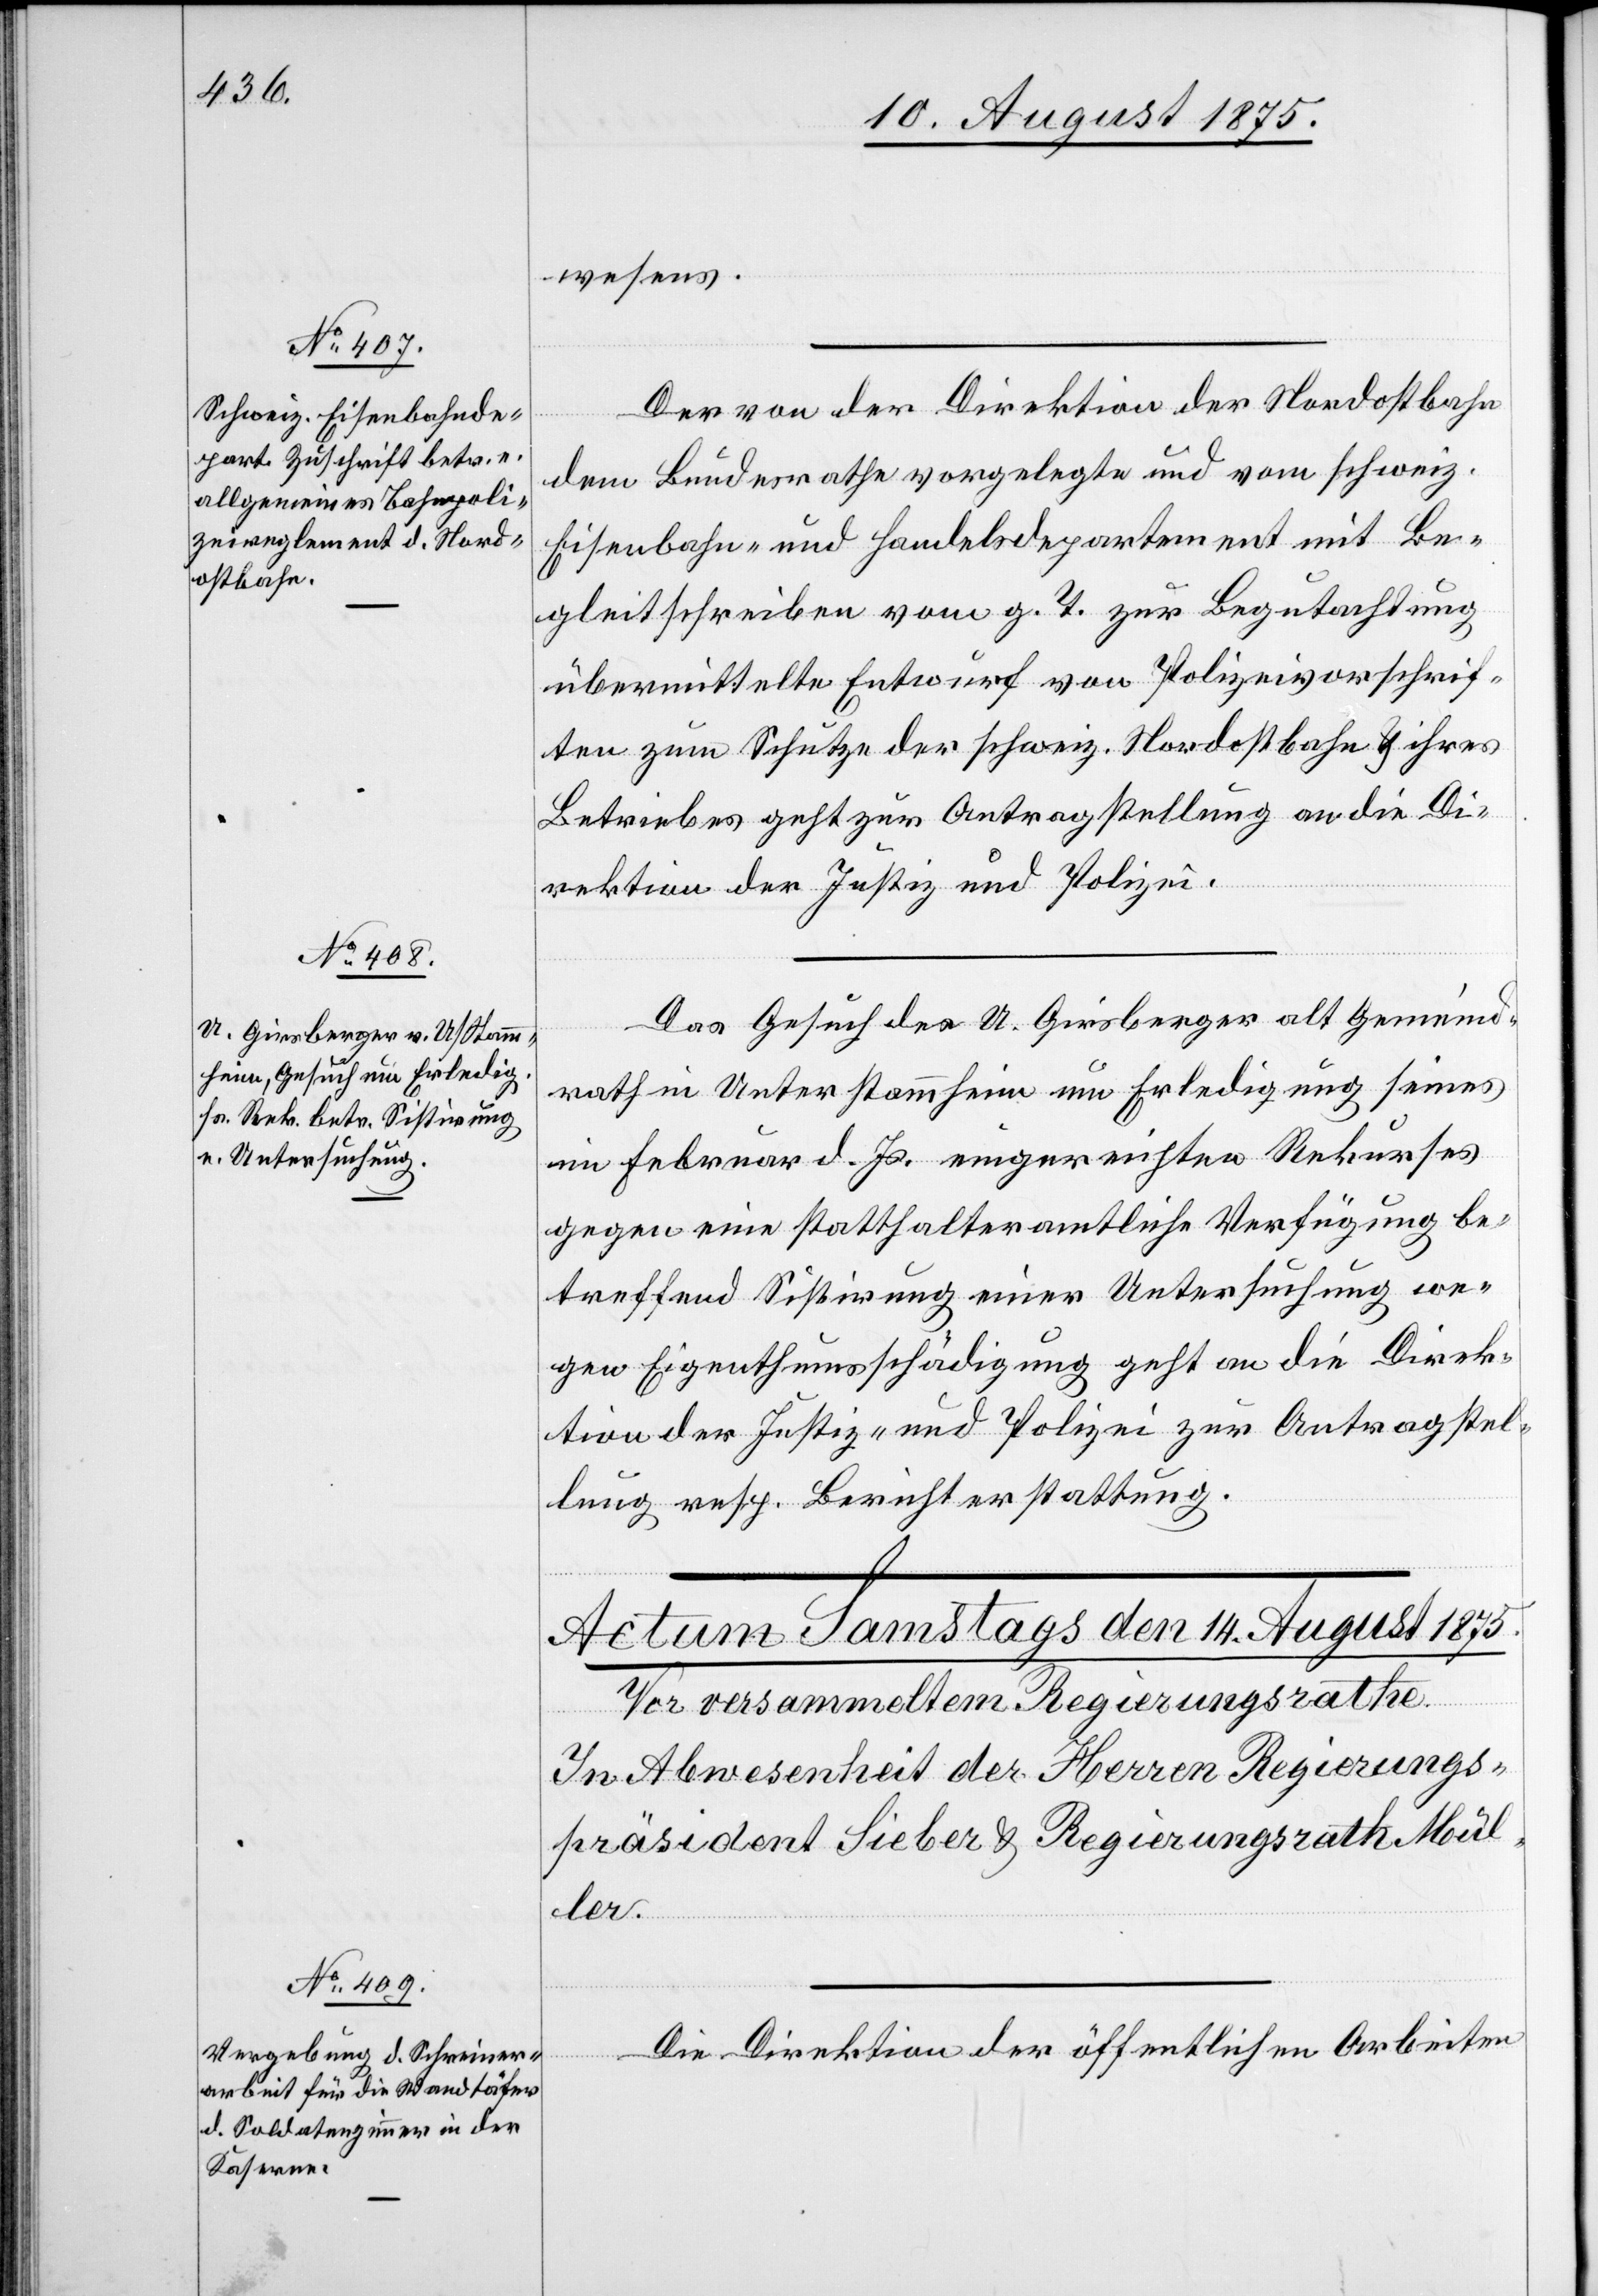
13. August 1875.]
wesens.
Der von der Direktion der Nordostbahn
dem Bundesrathe vorgelegte und vom schweiz.
Eisenbahn- und Handelsdepartement mit Be¬
gleitschreiben vom g. T. zur Begutachtung
übermittelte Entwurf von Polizeivorschrif¬
ten zum Schutze der schweiz. Nordostbahn & ihres
Betriebes geht zur Antragstellung an die Di¬
rektion der Justiz und Polizei.
Das Gesuch des U. Girsberger alt Gemeind¬
rath in Unterstammheim um Erledigung seines
im Februar d. Js. eingereichten Rekurses
gegen eine statthalteramtliche Verfügung be¬
treffend Sistirung einer Untersuchung we¬
gen Eigenthumsschädigung geht an die Direk¬
tion der Justiz und Polizei zur Antragstel¬
lung resp. Berichterstattung.
Die Direktion der öffentlichen Arbeiten